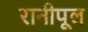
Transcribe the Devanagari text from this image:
रानीपूल